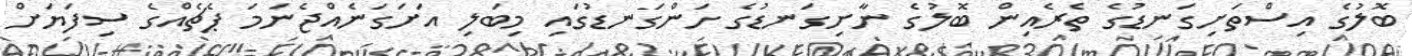
ބޮލުގެ އިސްތަށިގަނޑުގެ ތެރެއިން ބޮލުގެ ނާށިގަނޑުގެ ހަންގަނޑުގައި މިބަލި އަށަގަނެއްޖެނަމަ ޕެޗެއްގެ ސިފަޔަށް